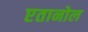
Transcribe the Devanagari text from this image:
एतानोल